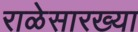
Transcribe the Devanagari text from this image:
राळेसारख्या